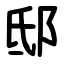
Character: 邸